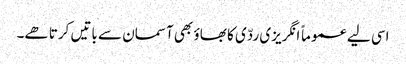
اسی لیے عموماً انگریزی ردّی کا بھاؤ بھی آسمان سے باتیں کرتا ھے۔